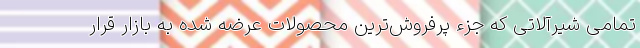
تمامی شیرآلاتی که جزء پرفروش‌ترین محصولات عرضه شده به بازار قرار